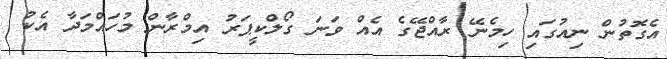
އެގޮތުން ނިއުގައި ހިމެނޭ ރާއްޖޭގެ އެއް ވަނަ ގޯލްކީޕަރު އިމްރާން މުހައްމަދާ އެކު